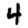
Digit: 4